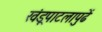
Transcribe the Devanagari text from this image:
खंडूपाटलापुढें